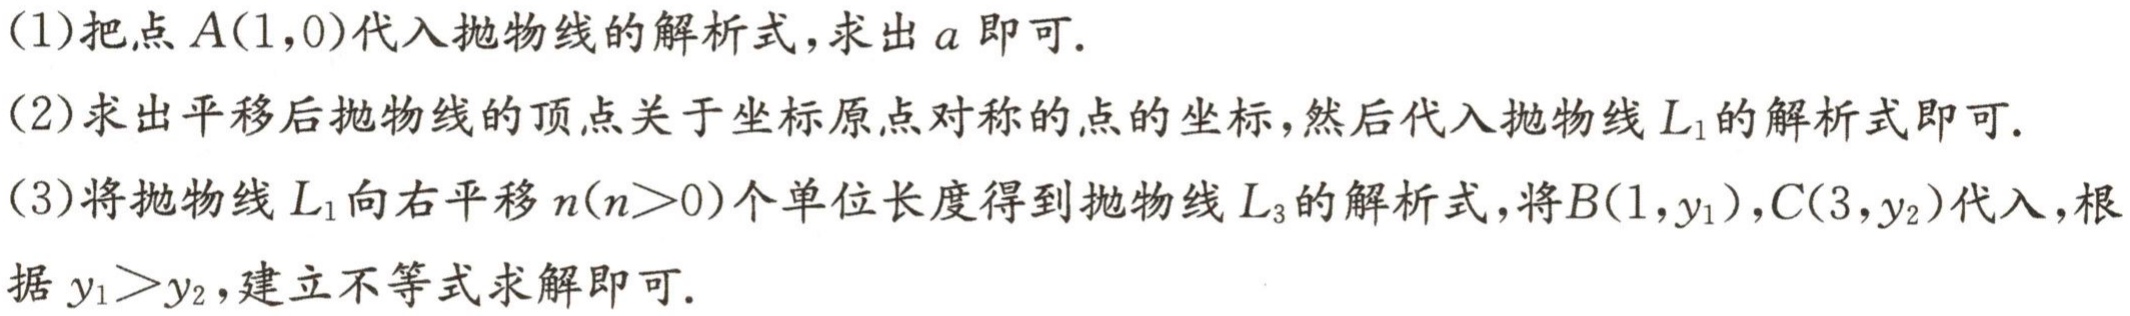
(1)把点\(A(1,0)\)代入抛物线的解析式，求出\(a\)即可.

(2)求出平移后抛物线的顶点关于坐标原点对称的点的坐标，然后代入抛物线\(L_{1}\)的解析式即可.

(3)将抛物线\(L_{1}\)向右平移\(n(n > 0)\)个单位长度得到抛物线\(L_{3}\)的解析式，将\(B(1,y_{1})\)，\(C(3,y_{2})\)代入，根据\(y_{1}>y_{2}\)，建立不等式求解即可.